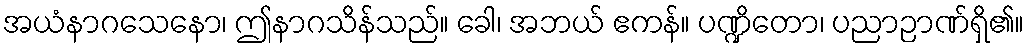
အယံနာဂသေနော၊ ဤနာဂသိန်သည်။ ခေါ၊ အဘယ် ဧကန်။ ပဏ္ဍိတော၊ ပညာဉာဏ်ရှိ၏။